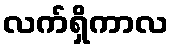
လက်ရှိကာလ